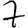
Digit: 7